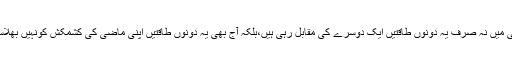
ماضی میں نہ صرف یہ دونوں طاقتیں ایک دوسرے کی مقابل رہی ہیں،بلکہ آج بھی یہ دونوں طاقتیں اپنی ماضی کی کشمکش کونہیں بھلاسکیں۔